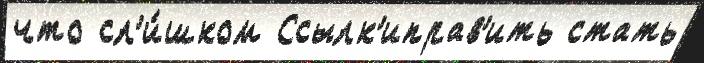
что сл'и́шком Ссылк'иправ'ить стать